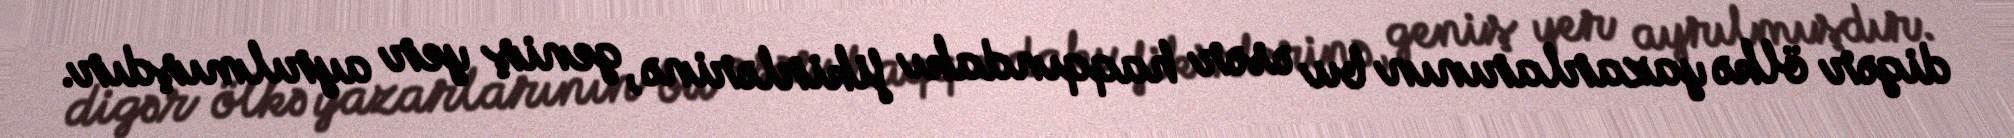
digər ölkə yazarlarının bu əsər haqqındakı fikirlərinə, geniş yer ayrılmışdır.